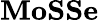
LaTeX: \mathbf{MoSSe}